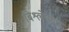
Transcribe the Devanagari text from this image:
बिश्लेषणा